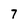
Character: 7